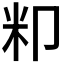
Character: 𮇄